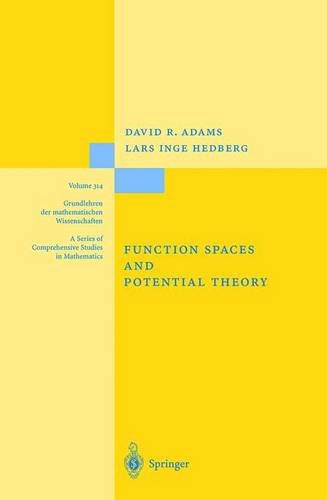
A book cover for Function Spaces and Potential Theory (Grundlehren der mathematischen Wissenschaften); David R. Adams; Science & Math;